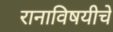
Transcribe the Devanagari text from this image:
रानाविषयीचे